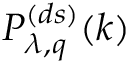
P _ { \lambda , q } ^ { ( d s ) } ( k )